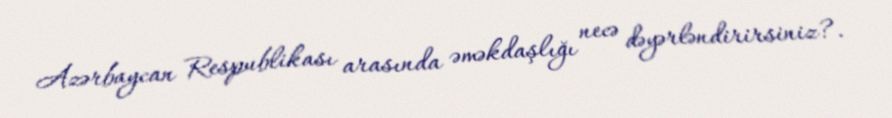
Azərbaycan Respublikası arasında əməkdaşlığı necə dəyərləndirirsiniz?.